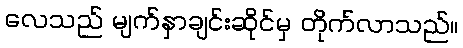
လေသည် မျက်နှာချင်းဆိုင်မှ တိုက်လာသည်။